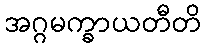
အဂ္ဂမက္ခာယတီတိ